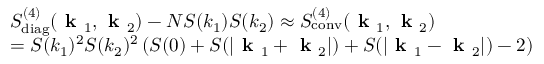
\begin{array} { r l } & { S _ { \mathrm { d i a g } } ^ { ( 4 ) } ( \textbf { k } _ { 1 } , \textbf { k } _ { 2 } ) - N S ( k _ { 1 } ) S ( k _ { 2 } ) \approx S _ { \mathrm { c o n v } } ^ { ( 4 ) } ( \textbf { k } _ { 1 } , \textbf { k } _ { 2 } ) } \\ & { = S ( k _ { 1 } ) ^ { 2 } S ( k _ { 2 } ) ^ { 2 } \left( S ( 0 ) + S ( | \textbf { k } _ { 1 } + \textbf { k } _ { 2 } | ) + S ( | \textbf { k } _ { 1 } - \textbf { k } _ { 2 } | ) - 2 \right) } \end{array}